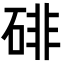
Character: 𪿨